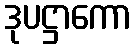
ဒုပဋ္ဌာကော